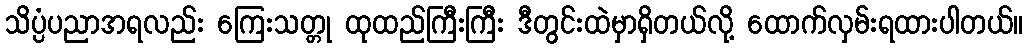
သိပ္ပံပညာအရလည်း ကြေးသတ္တု ထုထည်ကြီးကြီး ဒီတွင်းထဲမှာရှိတယ်လို့ ထောက်လှမ်းရထားပါတယ်။